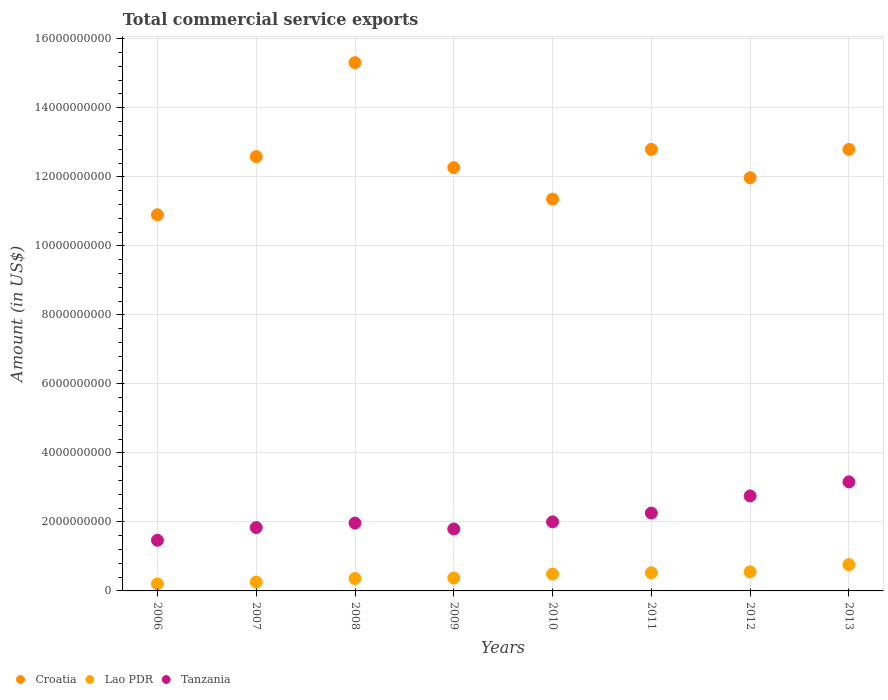
| Years | Croatia | Lao PDR | Tanzania |
 | --- | --- | --- | --- |
 | 2006 | 1.09e+10 | 2.03e+08 | 1.47e+09 |
 | 2007 | 1.26e+10 | 2.55e+08 | 1.84e+09 |
 | 2008 | 1.53e+10 | 3.59e+08 | 1.97e+09 |
 | 2009 | 1.23e+10 | 3.74e+08 | 1.79e+09 |
 | 2010 | 1.14e+10 | 4.89e+08 | 2e+09 |
 | 2011 | 1.28e+10 | 5.26e+08 | 2.26e+09 |
 | 2012 | 1.2e+10 | 5.53e+08 | 2.75e+09 |
 | 2013 | 1.28e+10 | 7.61e+08 | 3.16e+09 |